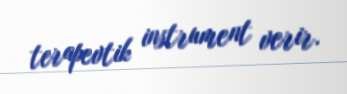
terapevtik instrument verir.